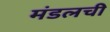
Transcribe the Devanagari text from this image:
मंडलची